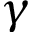
\gamma